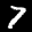
Label: 7